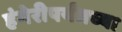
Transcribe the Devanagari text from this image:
हंगेरीपर्यंतच्या